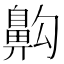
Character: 𪖙